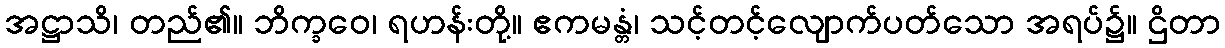
အဋ္ဌာသိ၊ တည်၏။ ဘိက္ခဝေ၊ ရဟန်းတို့။ ဧကမန္တံ၊ သင့်တင့်လျောက်ပတ်သော အရပ်၌။ ဌိတာ